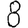
Digit: 8